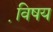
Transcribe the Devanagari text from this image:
वि़षय